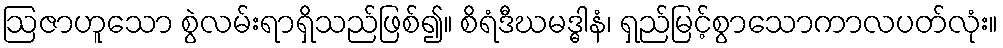
ဩဇာဟူသော စွဲလမ်းရာရှိသည်ဖြစ်၍။ စိရံဒီဃမဒ္ဓါနံ၊ ရှည်မြင့်စွာသောကာလပတ်လုံး။